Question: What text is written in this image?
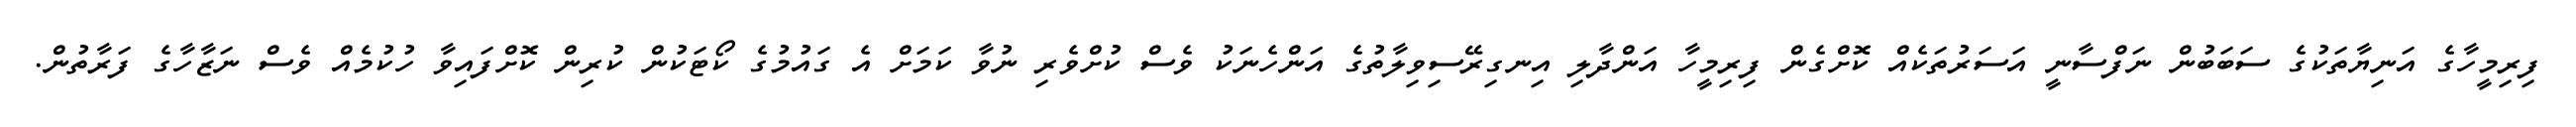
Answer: ފިރިމީހާގެ އަނިޔާތަކުގެ ސަބަބުން ނަފްސާނީ އަސަރުތަކެއް ކޮށްގެން ފިރިމީހާ އަންދާލި އިނގިރޭސިވިލާތުގެ އަންހެނަކު ވެސް ކުށްވެރި ނުވާ ކަމަށް އެ ގައުމުގެ ކޯޓަކުން ކުރިން ކޮށްފައިވާ ހުކުމެއް ވެސް ނަޒާހާގެ ފަރާތުން.